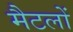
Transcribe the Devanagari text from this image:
मैटलों